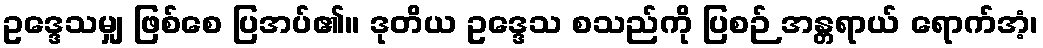
ဥဒ္ဒေသမျှ ဖြစ်စေ ပြအပ်၏။ ဒုတိယ ဥဒ္ဒေသ စသည်ကို ပြစဉ် အန္တရာယ် ရောက်အံ့၊